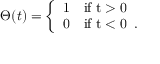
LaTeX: \Theta ( t ) = \left\{ \begin{array} { l l } { { 1 } } & { { \mathrm { i f ~ t > 0 ~ } } } \\ { { 0 } } & { { \mathrm { i f ~ t < 0 ~ } \, . } } \end{array} \right.